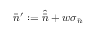
\bar { n } ^ { \prime } : = \widehat { \bar { n } } + w \sigma _ { \bar { n } }